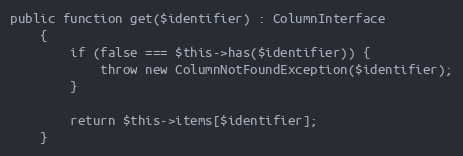
Language: PHP
public function get($identifier) : ColumnInterface
    {
        if (false === $this->has($identifier)) {
            throw new ColumnNotFoundException($identifier);
        }

        return $this->items[$identifier];
    }